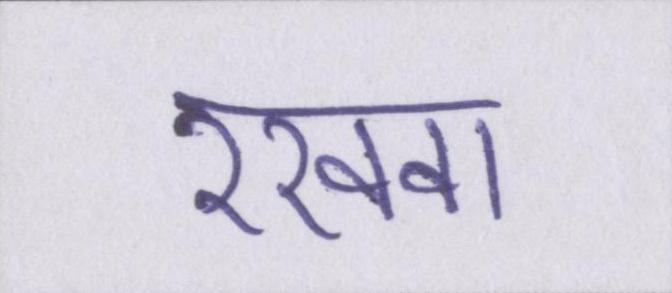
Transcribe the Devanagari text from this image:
रखवा